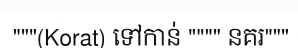
"""(Korat) ទៅកាន់ """" នគរ"""